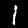
Digit: 1